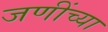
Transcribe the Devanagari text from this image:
जणींच्या